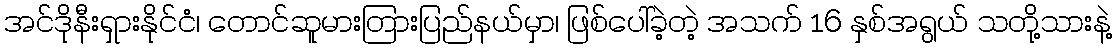
အင်ဒိုနီးရှားနိုင်ငံ၊ တောင်ဆူမားတြားပြည်နယ်မှာ၊ ဖြစ်ပေါ်ခဲ့တဲ့ အသက် 16 နှစ်အရွယ် သတို့သားနဲ့